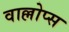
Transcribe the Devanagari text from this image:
वाल्लोप्स